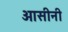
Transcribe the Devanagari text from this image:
आसीनी